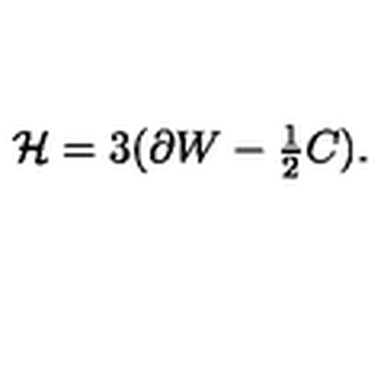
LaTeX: { \cal H } = 3 ( \partial W - { \textstyle \frac { 1 } { 2 } } C ) .